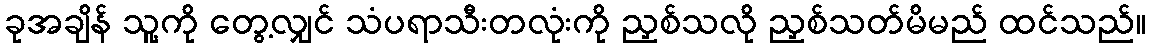
ခုအချိန် သူ့ကို တွေ့လျှင် သံပရာသီးတလုံးကို ညှစ်သလို ညှစ်သတ်မိမည် ထင်သည်။